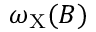
\omega _ { \mathrm { X } } ( B )